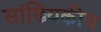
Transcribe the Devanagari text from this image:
सांख्‍यिकीय